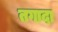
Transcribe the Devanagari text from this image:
तगादा